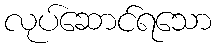
လုပ်ဆောင်ရသော